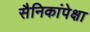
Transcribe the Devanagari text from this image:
सैनिकांपेक्षा